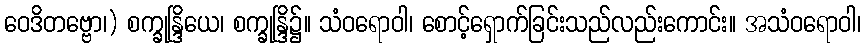
ဝေဒိတဗ္ဗော၊) စက္ခုန္ဒြိယေ၊ စက္ခုန္ဒြိ၌။ သံဝရောဝါ၊ စောင့်ရှောက်ခြင်းသည်လည်းကောင်း။ အသံဝရောဝါ၊